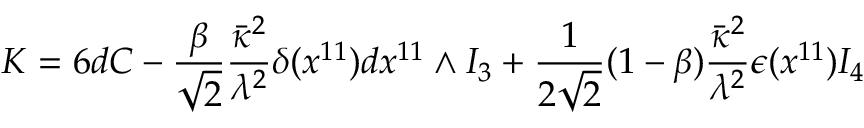
K = 6 d C - \frac { \beta } { \sqrt { 2 } } \frac { \bar { \kappa } ^ { 2 } } { \lambda ^ { 2 } } \delta ( x ^ { 1 1 } ) d x ^ { 1 1 } \wedge I _ { 3 } + \frac { 1 } { 2 \sqrt { 2 } } ( 1 - \beta ) \frac { \bar { \kappa } ^ { 2 } } { \lambda ^ { 2 } } \epsilon ( x ^ { 1 1 } ) I _ { 4 }